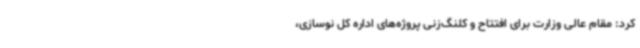
کرد: مقام عالی وزارت برای افتتاح و کلنگ‌زنی پروژه‌های اداره کل نوسازی،